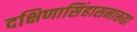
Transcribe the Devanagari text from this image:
दक्षिणासिंहासनारूढा